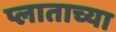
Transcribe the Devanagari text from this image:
प्लाताच्या